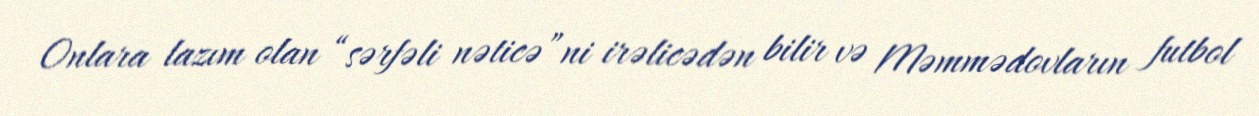
Onlara lazım olan “sərfəli nəticə”ni irəlicədən bilir və Məmmədovların futbol